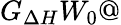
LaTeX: G_{\Delta H}W_{0}@